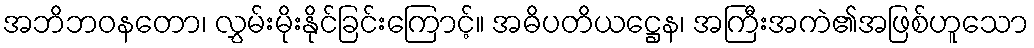
အဘိဘဝနတော၊ လွှမ်းမိုးနိုင်ခြင်းကြောင့်။ အဓိပတိယဋ္ဌေန၊ အကြီးအကဲ၏အဖြစ်ဟူသော